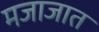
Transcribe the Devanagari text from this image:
मजाजात